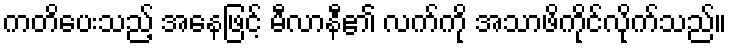
ကတိပေးသည့် အနေဖြင့် မီလာနီ၏ လက်ကို အသာဖိကိုင်လိုက်သည်။